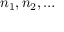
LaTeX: n _ { 1 } , n _ { 2 } , \ldots